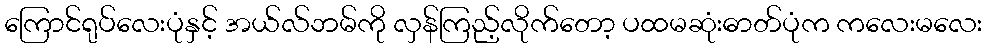
ကြောင်ရုပ်လေးပုံနှင့် အယ်လ်ဘမ်ကို လှန်ကြည့်လိုက်တော့ ပထမဆုံးဓာတ်ပုံက ကလေးမလေး